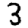
Digit: 3